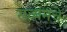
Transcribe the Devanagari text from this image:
सत्यमचे